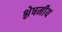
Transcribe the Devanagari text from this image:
श्लेषमीय